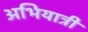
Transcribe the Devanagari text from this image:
अभियात्री